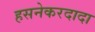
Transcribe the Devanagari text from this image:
हसनेकरदादा